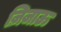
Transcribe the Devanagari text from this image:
ज़िजाऊ